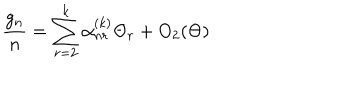
\frac { g _ { n } } { n } = \sum _ { r = 2 } ^ { k } \alpha _ { n r } ^ { ( k ) } \Theta _ { r } + O _ { 2 } ( \Theta )